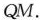
Q M$$.